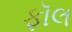
ફૉલ